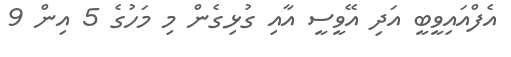
އެފްއައިވީބީ އަދި އޭވީސީ އާއި ގުޅިގެން މި މަހުގެ 5 އިން 9